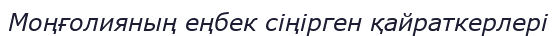
Моңғолияның еңбек сіңірген қайраткерлері